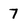
Character: 7